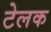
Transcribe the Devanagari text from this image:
टेलक